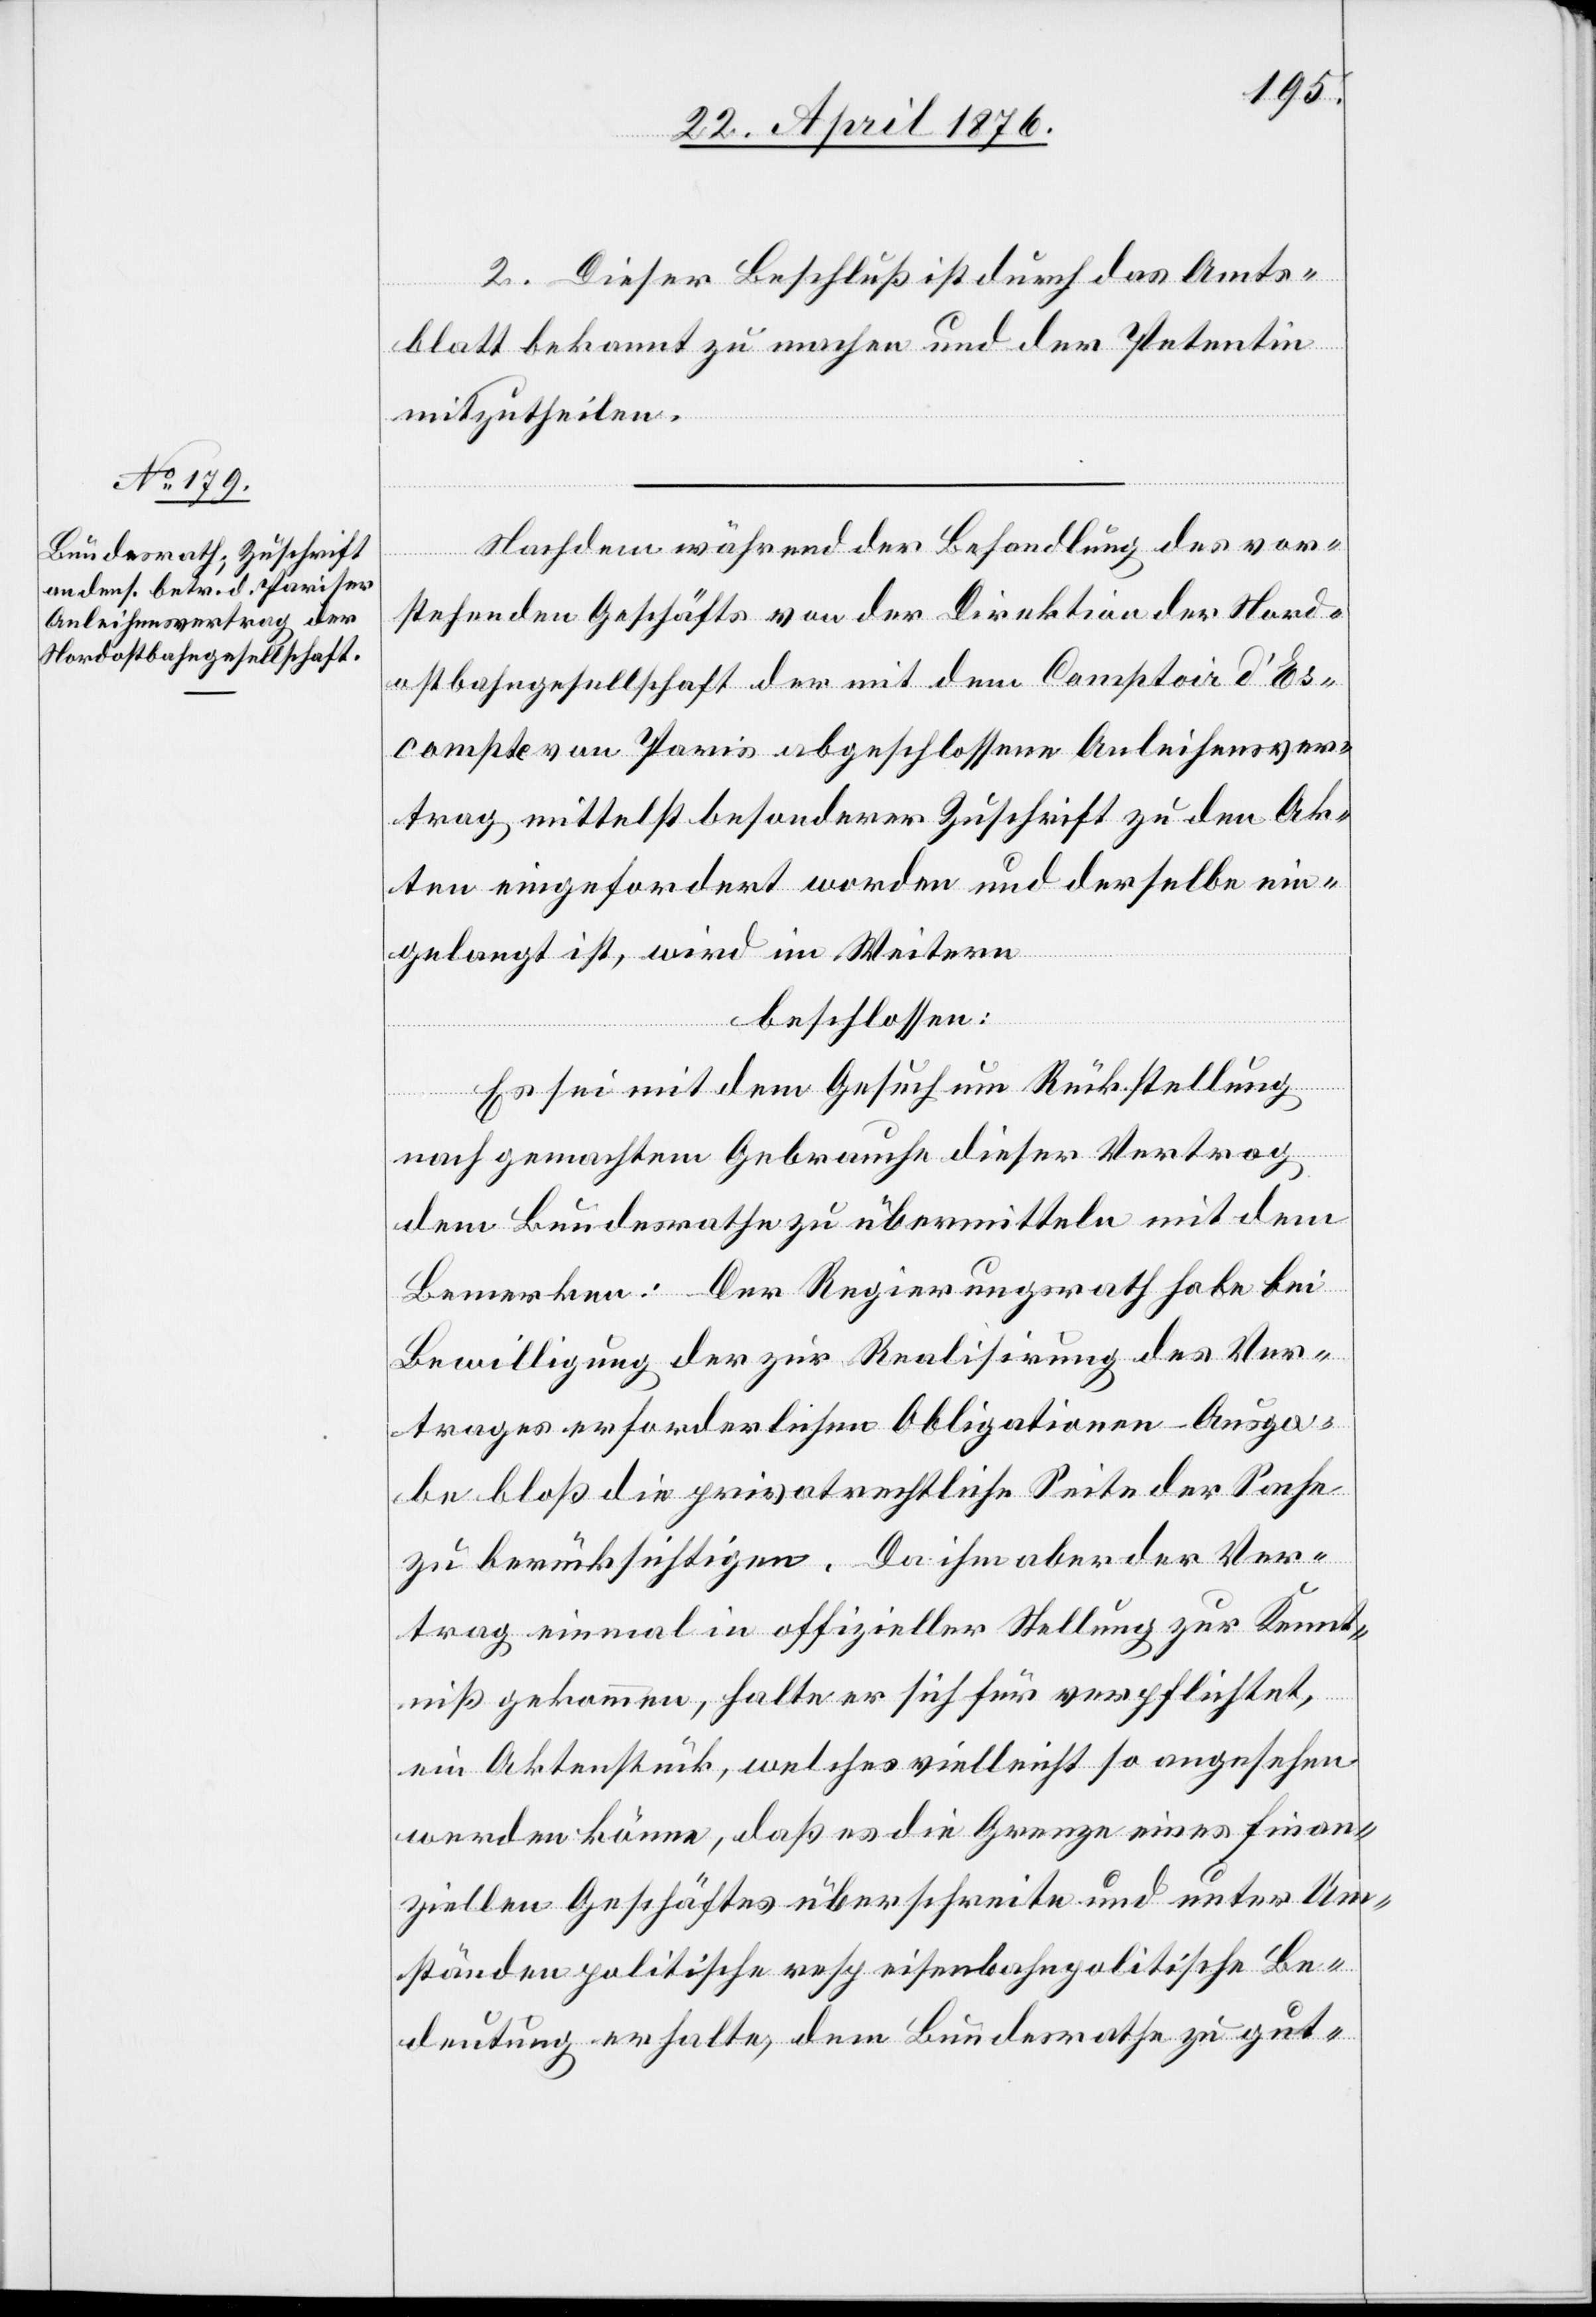
2. Dieser Beschluß ist durch das Amts¬
blatt bekannt zu machen und der Petentin
mitzutheilen.
Nachdem während der Behandlung des vor¬
stehenden Geschäfts von der Direktion der Nord¬
ostbahngesellschaft der mit dem Comptoir d’Es¬
compte von Paris abgeschlossene Anleihensver¬
trag mittelst besonderer Zuschrift zu den Ak¬
ten eingefordert worden und derselbe ein¬
gelangt ist, wird im Weitern
beschlossen:
Es sei mit dem Gesuch um Rückstellung
nach gemachtem Gebrauche dieser Vertrag
dem Bundesrathe zu übermitteln mit dem
Bemerken: Der Regierungsrath habe bei
Bewilligung der zur Realisirung des Ver¬
trages erforderlichen Obligationen-Ausga¬
be bloß die privatrechtliche Seite der Sache
zu berücksichtigen. Da ihm aber der Ver¬
trag einmal in offizieller Stellung zur Kennt¬
niß gekommen, halte er sich für verpflichtet,
ein Aktenstück, welches vielleicht so angesehen
werden könne, daß es die Grenze eines finan¬
ziellen Geschäftes überschreite und unter Um¬
ständen politische resp. eisenbahnpolitische Be¬
deutung erhalte, dem Bundesrathe zu gut-